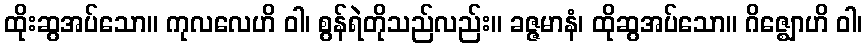
ထိုးဆွအပ်သော။ ကုလလေဟိ ဝါ၊ စွန်ရဲတိုသည်လည်း။ ခဇ္ဇမာနံ၊ ထိုဆွအပ်သော။ ဂိဇ္ဈောဟိ ဝါ၊